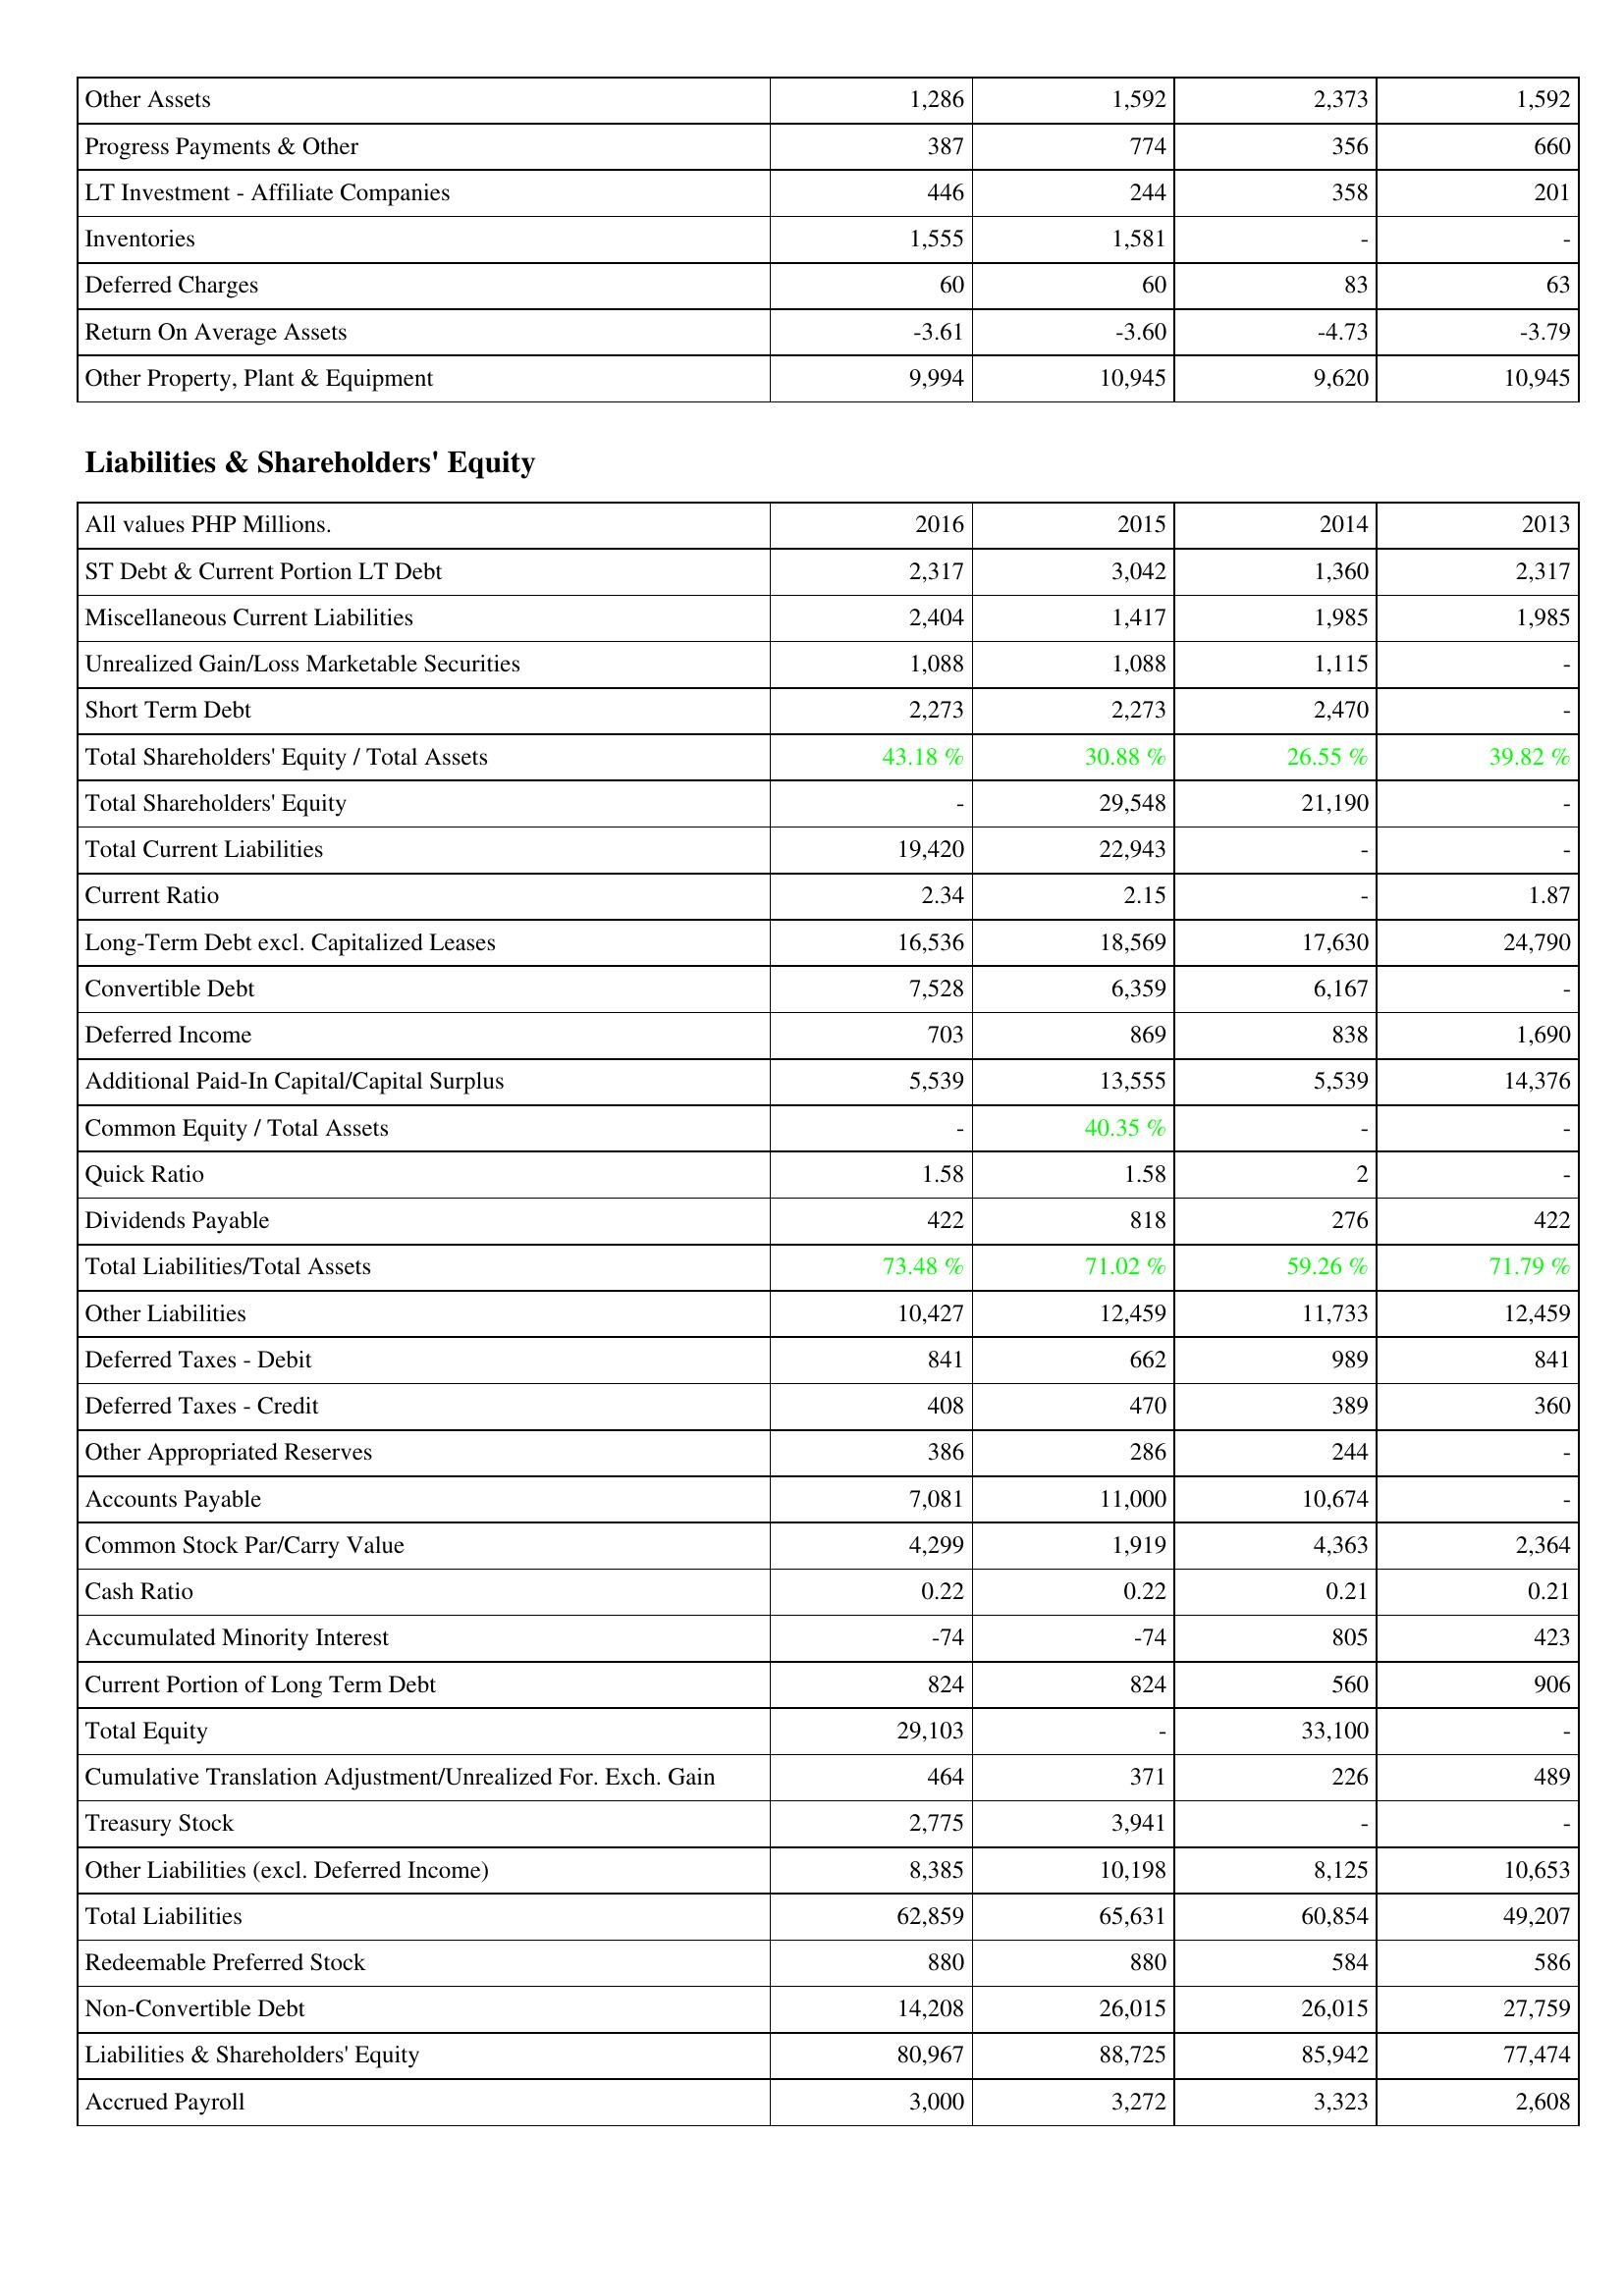
2016: Assets: Other Assets: 1,286
Progress Payments & Other: 387
LT Investment - Affiliate Companies: 446
Inventories: 1,555
Deferred Charges: 60
Return On Average Assets: -3.61
Other Property, Plant & Equipment: 9,994
Liabilities & Shareholders' Equity: ST Debt & Current Portion LT Debt: 2,317
Miscellaneous Current Liabilities: 2,404
Unrealized Gain/Loss Marketable Securities: 1,088
Short Term Debt: 2,273
Total Shareholders' Equity / Total Assets: 43.18 %
Total Shareholders' Equity: -
Total Current Liabilities: 19,420
Current Ratio: 2.34
Long-Term Debt excl. Capitalized Leases: 16,536
Convertible Debt: 7,528
Deferred Income: 703
Additional Paid-In Capital/Capital Surplus: 5,539
Common Equity / Total Assets: -
Quick Ratio: 1.58
Dividends Payable: 422
Total Liabilities/Total Assets: 73.48 %
Other Liabilities: 10,427
Deferred Taxes - Debit: 841
Deferred Taxes - Credit: 408
Other Appropriated Reserves: 386
Accounts Payable: 7,081
Common Stock Par/Carry Value: 4,299
Cash Ratio: 0.22
Accumulated Minority Interest: -74
Current Portion of Long Term Debt: 824
Total Equity: 29,103
Cumulative Translation Adjustment/Unrealized For. Exch. Gain: 464
Treasury Stock: 2,775
Other Liabilities (excl. Deferred Income): 8,385
Total Liabilities: 62,859
Redeemable Preferred Stock: 880
Non-Convertible Debt: 14,208
Liabilities & Shareholders' Equity: 80,967
Accrued Payroll: 3,000
2015: Assets: Other Assets: 1,592
Progress Payments & Other: 774
LT Investment - Affiliate Companies: 244
Inventories: 1,581
Deferred Charges: 60
Return On Average Assets: -3.60
Other Property, Plant & Equipment: 10,945
Liabilities & Shareholders' Equity: ST Debt & Current Portion LT Debt: 3,042
Miscellaneous Current Liabilities: 1,417
Unrealized Gain/Loss Marketable Securities: 1,088
Short Term Debt: 2,273
Total Shareholders' Equity / Total Assets: 30.88 %
Total Shareholders' Equity: 29,548
Total Current Liabilities: 22,943
Current Ratio: 2.15
Long-Term Debt excl. Capitalized Leases: 18,569
Convertible Debt: 6,359
Deferred Income: 869
Additional Paid-In Capital/Capital Surplus: 13,555
Common Equity / Total Assets: 40.35 %
Quick Ratio: 1.58
Dividends Payable: 818
Total Liabilities/Total Assets: 71.02 %
Other Liabilities: 12,459
Deferred Taxes - Debit: 662
Deferred Taxes - Credit: 470
Other Appropriated Reserves: 286
Accounts Payable: 11,000
Common Stock Par/Carry Value: 1,919
Cash Ratio: 0.22
Accumulated Minority Interest: -74
Current Portion of Long Term Debt: 824
Total Equity: -
Cumulative Translation Adjustment/Unrealized For. Exch. Gain: 371
Treasury Stock: 3,941
Other Liabilities (excl. Deferred Income): 10,198
Total Liabilities: 65,631
Redeemable Preferred Stock: 880
Non-Convertible Debt: 26,015
Liabilities & Shareholders' Equity: 88,725
Accrued Payroll: 3,272
2014: Assets: Other Assets: 2,373
Progress Payments & Other: 356
LT Investment - Affiliate Companies: 358
Inventories: -
Deferred Charges: 83
Return On Average Assets: -4.73
Other Property, Plant & Equipment: 9,620
Liabilities & Shareholders' Equity: ST Debt & Current Portion LT Debt: 1,360
Miscellaneous Current Liabilities: 1,985
Unrealized Gain/Loss Marketable Securities: 1,115
Short Term Debt: 2,470
Total Shareholders' Equity / Total Assets: 26.55 %
Total Shareholders' Equity: 21,190
Total Current Liabilities: -
Current Ratio: -
Long-Term Debt excl. Capitalized Leases: 17,630
Convertible Debt: 6,167
Deferred Income: 838
Additional Paid-In Capital/Capital Surplus: 5,539
Common Equity / Total Assets: -
Quick Ratio: 2
Dividends Payable: 276
Total Liabilities/Total Assets: 59.26 %
Other Liabilities: 11,733
Deferred Taxes - Debit: 989
Deferred Taxes - Credit: 389
Other Appropriated Reserves: 244
Accounts Payable: 10,674
Common Stock Par/Carry Value: 4,363
Cash Ratio: 0.21
Accumulated Minority Interest: 805
Current Portion of Long Term Debt: 560
Total Equity: 33,100
Cumulative Translation Adjustment/Unrealized For. Exch. Gain: 226
Treasury Stock: -
Other Liabilities (excl. Deferred Income): 8,125
Total Liabilities: 60,854
Redeemable Preferred Stock: 584
Non-Convertible Debt: 26,015
Liabilities & Shareholders' Equity: 85,942
Accrued Payroll: 3,323
2013: Assets: Other Assets: 1,592
Progress Payments & Other: 660
LT Investment - Affiliate Companies: 201
Inventories: -
Deferred Charges: 63
Return On Average Assets: -3.79
Other Property, Plant & Equipment: 10,945
Liabilities & Shareholders' Equity: ST Debt & Current Portion LT Debt: 2,317
Miscellaneous Current Liabilities: 1,985
Unrealized Gain/Loss Marketable Securities: -
Short Term Debt: -
Total Shareholders' Equity / Total Assets: 39.82 %
Total Shareholders' Equity: -
Total Current Liabilities: -
Current Ratio: 1.87
Long-Term Debt excl. Capitalized Leases: 24,790
Convertible Debt: -
Deferred Income: 1,690
Additional Paid-In Capital/Capital Surplus: 14,376
Common Equity / Total Assets: -
Quick Ratio: -
Dividends Payable: 422
Total Liabilities/Total Assets: 71.79 %
Other Liabilities: 12,459
Deferred Taxes - Debit: 841
Deferred Taxes - Credit: 360
Other Appropriated Reserves: -
Accounts Payable: -
Common Stock Par/Carry Value: 2,364
Cash Ratio: 0.21
Accumulated Minority Interest: 423
Current Portion of Long Term Debt: 906
Total Equity: -
Cumulative Translation Adjustment/Unrealized For. Exch. Gain: 489
Treasury Stock: -
Other Liabilities (excl. Deferred Income): 10,653
Total Liabilities: 49,207
Redeemable Preferred Stock: 586
Non-Convertible Debt: 27,759
Liabilities & Shareholders' Equity: 77,474
Accrued Payroll: 2,608